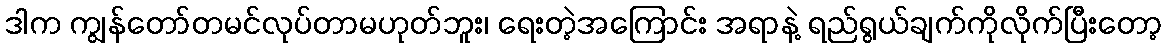
ဒါက ကျွန်တော်တမင်လုပ်တာမဟုတ်ဘူး၊ ရေးတဲ့အကြောင်း အရာနဲ့ ရည်ရွယ်ချက်ကိုလိုက်ပြီးတော့